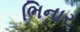
ભિનાર